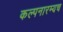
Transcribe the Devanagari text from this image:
कल्पनारम्यच